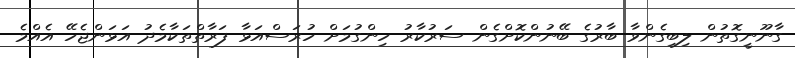
ގާނޫނީގޮތުން ލިބިގެންވާ ބާރުގެ ބޭނުންކޮށްގެން ސަރުކާރު ހިންގުމަށް ހުރަސްއަޅާ ފަރާތްތަކާމެދު އަޅަންޖެހޭ އެއްމެ